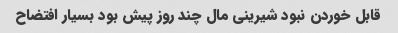
قابل خوردن نبود شیرینی مال چند روز پیش بود بسیار افتضاح